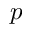
p